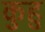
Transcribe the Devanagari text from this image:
कुहु